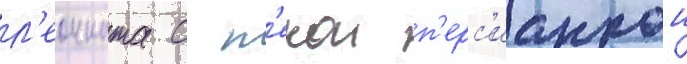
л'еонната с н'екои п'ерс'ианкои